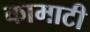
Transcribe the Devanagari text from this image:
कामाटी